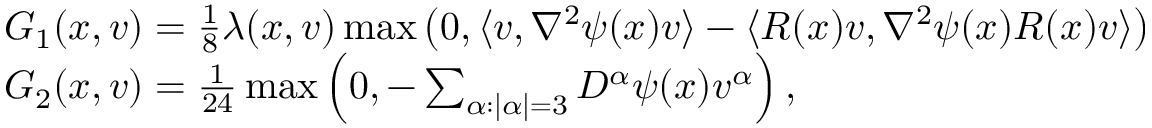
\begin{array} { r l } & { G _ { 1 } ( x , v ) = \frac { 1 } { 8 } \lambda ( x , v ) \operatorname* { m a x } \left( 0 , \langle v , \nabla ^ { 2 } \psi ( x ) v \rangle - \langle R ( x ) v , \nabla ^ { 2 } \psi ( x ) R ( x ) v \rangle \right) } \\ & { G _ { 2 } ( x , v ) = \frac { 1 } { 2 4 } \operatorname* { m a x } \left( 0 , - \sum _ { \alpha : \lvert \alpha \rvert = 3 } D ^ { \alpha } \psi ( x ) v ^ { \alpha } \right) , } \end{array}